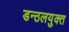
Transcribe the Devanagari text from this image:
डन्ठलयुक्त